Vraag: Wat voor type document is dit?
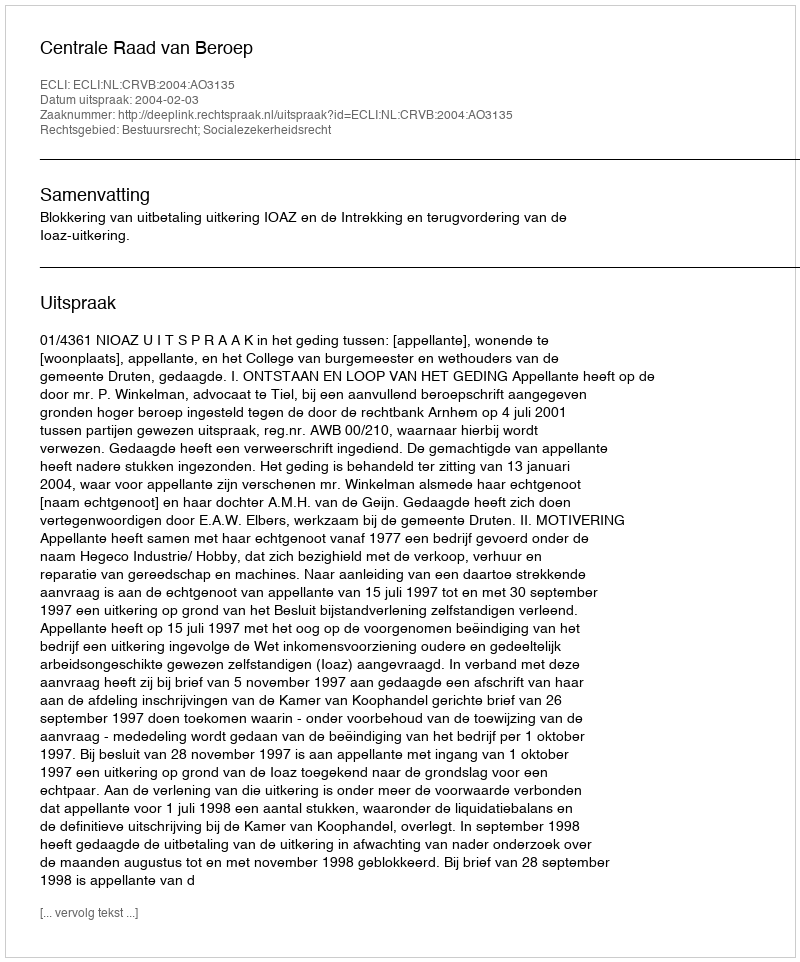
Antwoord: Uitspraak